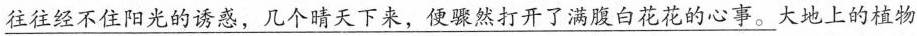
\underline{往往经不住阳光的诱惑，几个晴天下来，便骤然打开了满腹白花花的心事。}大地上的植物